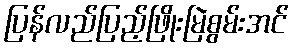
ပြန်လည်ပြည့်ဖြိုးမြဲစွမ်းအင်